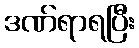
ဒဏ်ရာရပြီး